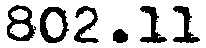
802.11